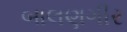
બાલણગીર